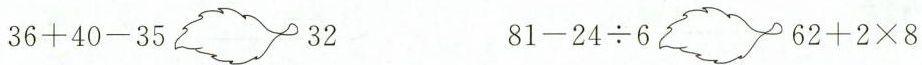
36+40-35_________32 81-24÷6_________62+2×8